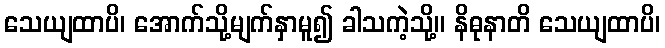
သေယျထာပိ၊ အောက်သို့မျက်နှာမူ၍ ခါသကဲ့သို့။ နိဓုနာတိ သေယျထာပိ၊